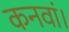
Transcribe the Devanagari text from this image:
कनवां।